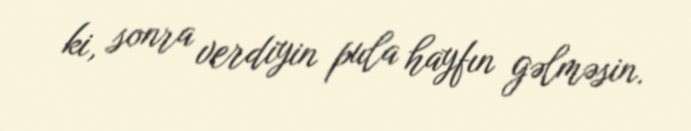
ki, sonra verdiyin pula hayfın gəlməsin.